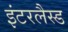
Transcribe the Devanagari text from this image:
इंटरलैस्ड